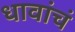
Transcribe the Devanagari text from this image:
धावांचं